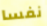
نفسا